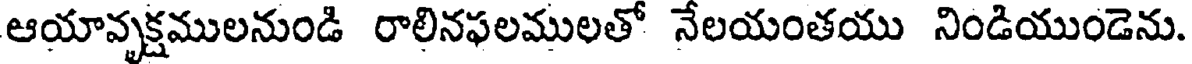
ఆయావృక్షములనుండి రాలినఫలములతో నేలయంతయు నిండియుండెను.